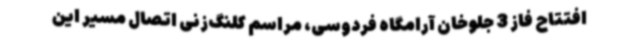
افتتاح فاز 3 جلوخان آرامگاه فردوسی، مراسم کلنگ‌زنی اتصال مسیر این